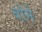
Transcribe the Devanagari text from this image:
बोमे